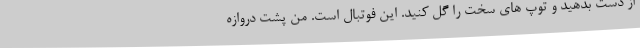
از دست بدهید و توپ های سخت را گل کنید. این فوتبال است. من پشت دروازه